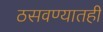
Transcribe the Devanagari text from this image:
ठसवण्यातही